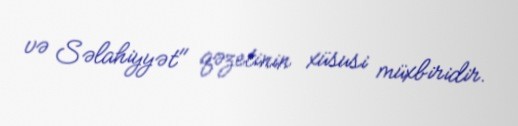
və Səlahiyyət" qəzetinin xüsusi müxbiridir.